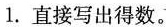
1.直接写出得数。